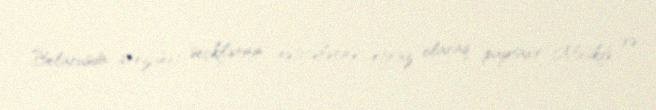
Belarusda prezident seçkilərinin nəticələrinə etiraz olaraq paytaxt Minskdə və